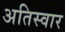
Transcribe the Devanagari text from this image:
अतिस्वार